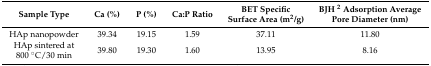
| Sample Type | Ca (%) | P (%) | Ca:P Ratio | BET Specific Surface Area (m2/g) | BJH 2 Adsorption Average Pore Diameter (nm) |
 | --- | --- | --- | --- | --- | --- |
 | HAp nanopowder | 39.34 | 19.15 | 1.59 | 37.11 | 11.80 |
 | HAp sintered at 800 °C/30 min | 39.80 | 19.30 | 1.60 | 13.95 | 8.16 |